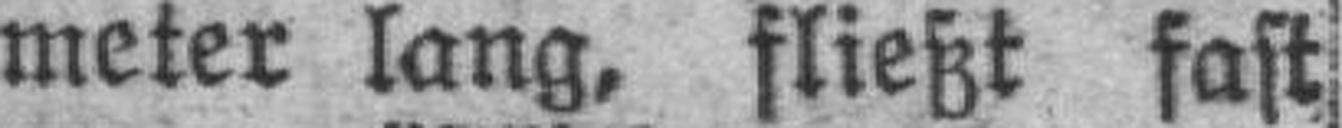
meter lang, fließt fast